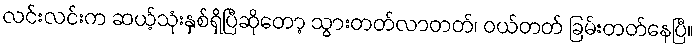
လင်းလင်းက ဆယ့်သုံးနှစ်ရှိပြီဆိုတော့ သွားတတ်လာတတ်၊ ဝယ်တတ် ခြမ်းတတ်နေပြီ။